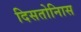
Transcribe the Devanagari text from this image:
दिसतोनिास